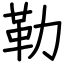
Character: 勒